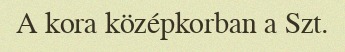
A kora középkorban a Szt.